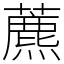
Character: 藨